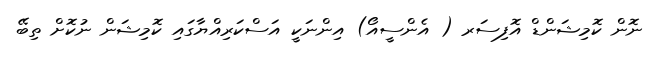
ނޮން ކޮމިޝަންޑް އޮފިސަރ ( އެންސީއޯ) އިންނަކީ އަސްކަރިއްޔާގައި ކޮމިޝަން ނުކޮށް ތިބޭ